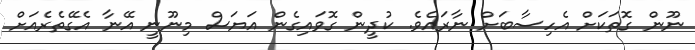
ނޫން ގޮތަކަށް އެހިސާބަށް ނާރައެވެ. ކުދީން ގޮވައިގެން އަޔަސް މިނޫނީ އޭނާ އެގޭތެރެއަށް